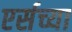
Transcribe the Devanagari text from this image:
एर्सच्या